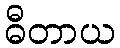
ဓီတာယ